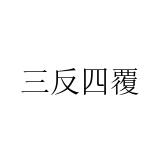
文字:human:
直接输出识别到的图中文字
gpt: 三反四覆